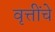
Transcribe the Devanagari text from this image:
वृत्तींचे